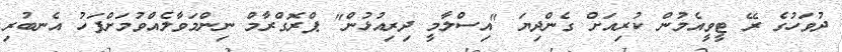
ދުވަހުގެ ރޭ ޓީވީއެމުން ކުރިއަށް ގެންދިޔަ "އިސްލާމީ ދިރިއުޅުން" ޕްރޮގްރާމް ނިންމަވާލެއްވުމަށްފަހު އެނބުރި